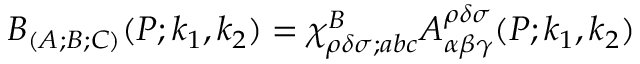
B _ { ( A ; B ; C ) } ( P ; k _ { 1 } , k _ { 2 } ) = \chi _ { \rho \delta \sigma ; a b c } ^ { B } A _ { \alpha \beta \gamma } ^ { \rho \delta \sigma } ( P ; k _ { 1 } , k _ { 2 } )